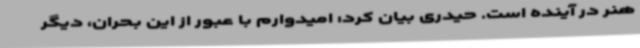
هنر در آینده است. حیدری بیان کرد: امیدوارم با عبور از این بحران، دیگر